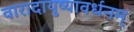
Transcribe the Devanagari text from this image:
वारादायुष्यावर्धनम्